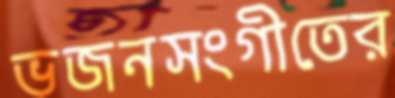
ভজনসংগীতের